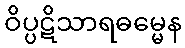
ဝိပ္ပဋိသာရဓမ္မေန